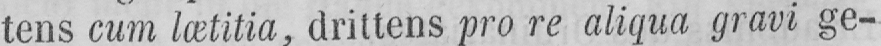
tens cum lætitia, drittens pro re aliqua gravi ge-